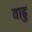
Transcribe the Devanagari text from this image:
वाढु